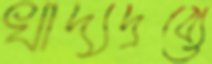
খাদ্যদ্রব্যে